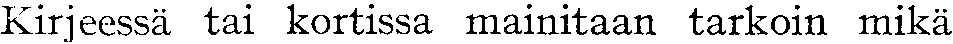
Kirjeessä tai kortissa mainitaan tarkoin mikä